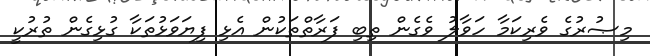
މިޞުރުގެ ވެރިކަމާ ހަވާލު ވެގެން ތިބި ފަރާތްތަކުން އެޅި ފިޔަވަޅުތަކާ ގުޅިގެން ތުރުކީ